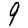
Digit: 9